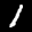
Label: 1